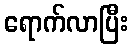
ရောက်လာပြီး